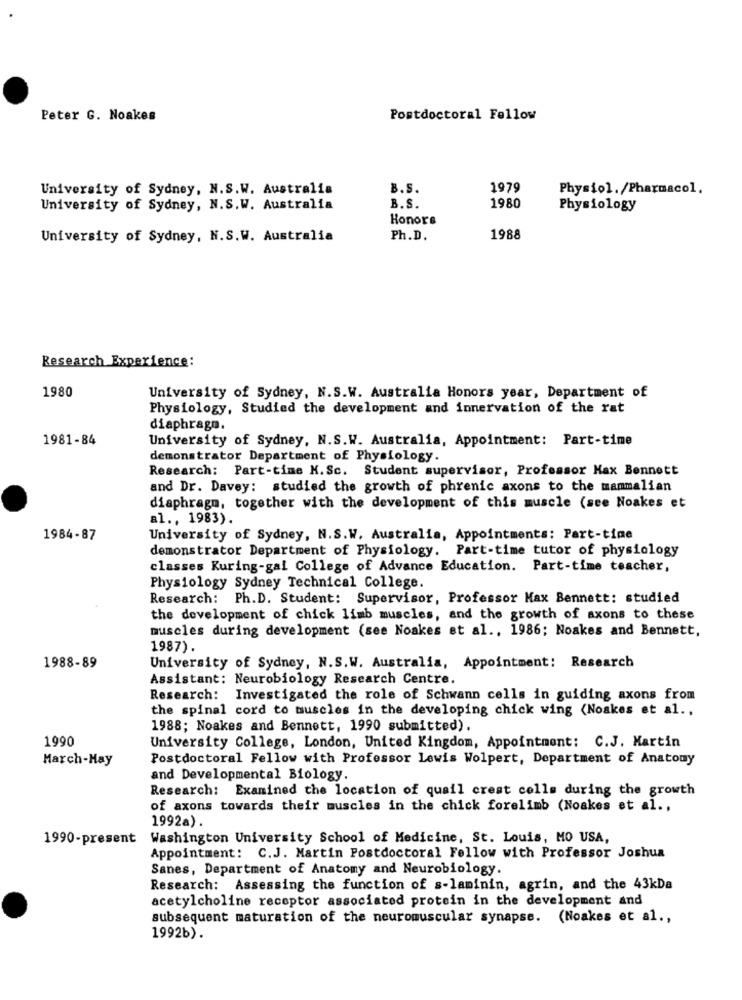
Peter G. Noakes
Postdoctoral Fellow
University of Sydney, N.S.W. Australia
B.S.
1979
Physiol./Pharmacol.
B.S.
University of Sydney, N.S.W. Australia
1980
Physiology
Honors
University of Sydney, N.S.W. Australia
Ph.D.
1988
Research Experience:
1980
University of Sydney, N.S.W. Australia Honors year, Department of
Physiology, Studied the development and innervation of the rat
diaphragm.
1981-84
University of Sydney, N.S.W. Australia, Appointment: Part-time
demonstrator Department of Physiology.
Research: Part-time M.Sc. Student supervisor, Professor Max Bennett
and Dr. Davey: studied the growth of phrenic axons to the mammalian
diaphragm, together with the development of this muscle (see Noakes et
al ., 1983).
1984-87
University of Sydney, N.S.W. Australia, Appointments: Part-time
demonstrator Department of Physiology. Part-time tutor of physiology
classes Kuring-gal College of Advance Education. Part-time teacher,
Physiology Sydney Technical College.
Research: Ph.D. Student: Supervisor, Professor Max Bennett: studied
the development of chick limb muscles, and the growth of axons to these
muscles during development (see Noakes et al ., 1986; Noakes and Bennett,
1987).
1988-89
University of Sydney, N.S.W. Australia, Appointment: Research
Assistant: Neurobiology Research Centre.
Research: Investigated the role of Schwann cells in guiding axons from
the spinal cord to muscles in the developing chick wing (Noakes et al .,
1988; Noakes and Bennett, 1990 submitted).
1990
University College, London, United Kingdom, Appointment: C.J. Martin
March-May
Postdoctoral Fellow with Professor Lewis Wolpert, Department of Anatomy
and Developmental Biology.
Research: Examined the location of quail crest cells during the growth
of axons towards their muscles in the chick forelimb (Noakes et al .,
1992a).
1990-present
Washington University School of Medicine, St. Louis, MO USA,
Appointment: C.J. Martin Postdoctoral Fellow with Professor Joshua
Sanes, Department of Anatomy and Neurobiology.
Research: Assessing the function of s-laminin, agrin, and the 43kDa
acetylcholine receptor associated protein in the development and
subsequent maturation of the neuromuscular synapse. (Noakes et al .,
1992b).